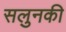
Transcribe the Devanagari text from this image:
सलुनकी